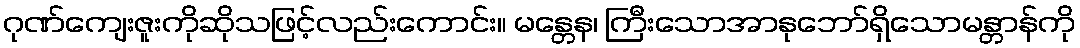
ဂုဏ်ကျေးဇူးကိုဆိုသဖြင့်လည်းကောင်း။ မန္တေန၊ ကြီးသောအာနုဘော်ရှိသောမန္တာန်ကို